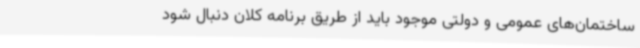
ساختمان‌های عمومی و دولتی موجود باید از طریق برنامه کلان دنبال شود